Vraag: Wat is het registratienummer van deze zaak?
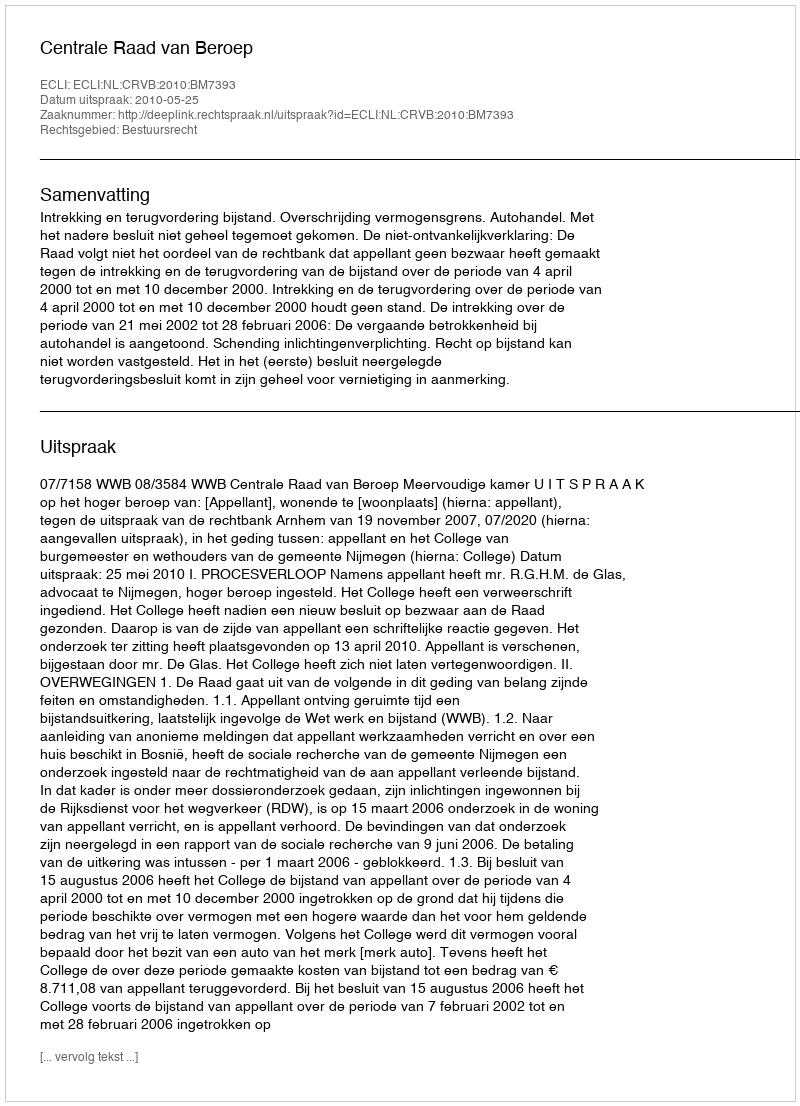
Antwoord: http://deeplink.rechtspraak.nl/uitspraak?id=ECLI:NL:CRVB:2010:BM7393